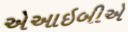
એઆઇબીએ